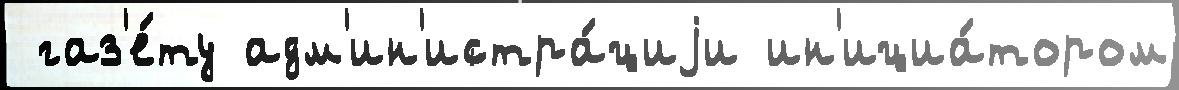
 газ'е́ту адм'ин'истра́циjи ин'ициа́тором